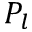
P _ { l }